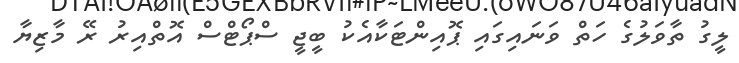
ލީގު ތާވަލުގެ ހަތް ވަނައިގައި ޕޮއިންޓަކާއެކު ބީޖީ ސްޕޯޓްސް އޮތްއިރު ރޭ މާޒިޔާ